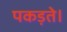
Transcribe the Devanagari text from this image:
पकड़ते।